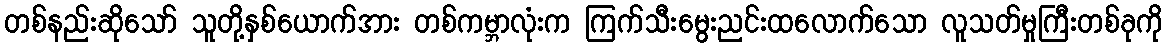
တစ်နည်းဆိုသော် သူတို့နှစ်ယောက်အား တစ်ကမ္ဘာလုံးက ကြက်သီးမွေးညင်းထလောက်သော လူသတ်မှုကြီးတစ်ခုကို